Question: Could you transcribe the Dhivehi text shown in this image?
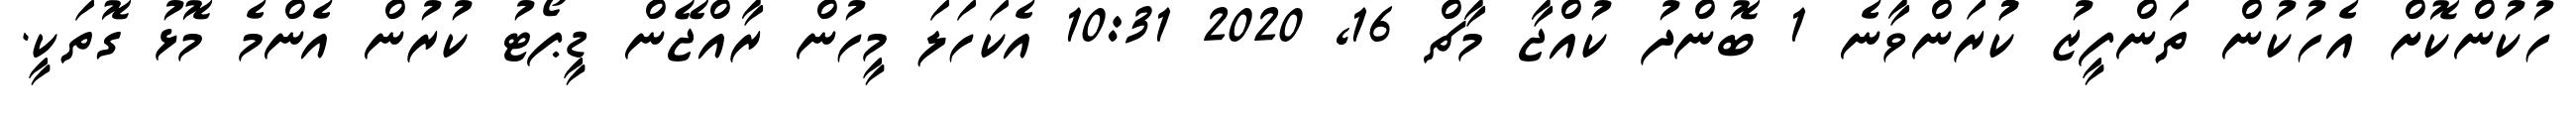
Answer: ހުކުންކޮށް އެހުކުން ތަންފީޒު ކުުރަންވާނެ 1 ބޮންދު ކުއްޖާ މާޗް 16, 2020 10:31 އެކަހަލަ މީހުން ރާއްޖޭން ޑީޕޯޓު ކުރުން އެންމެ މޮޅު ގޮތަކީ.